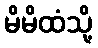
မိမိထံသို့